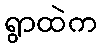
ရွာထဲက